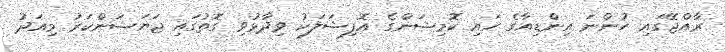
ރާއްޖޭގައި ހުންނަ އިންޑިއާގެ ހައި ކޮމިޝަންގެ އޮފިޝަލަކު ވިދާޅުވި ގޮތުގައި ޖަޔަޝަންކަރު މިއަދު